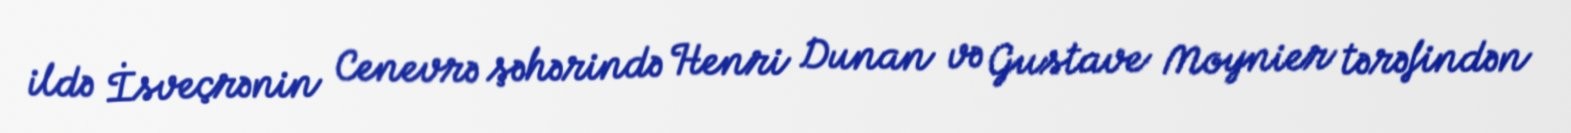
ildə İsveçrənin Cenevrə şəhərində Henri Dunan və Gustave Moynier tərəfindən